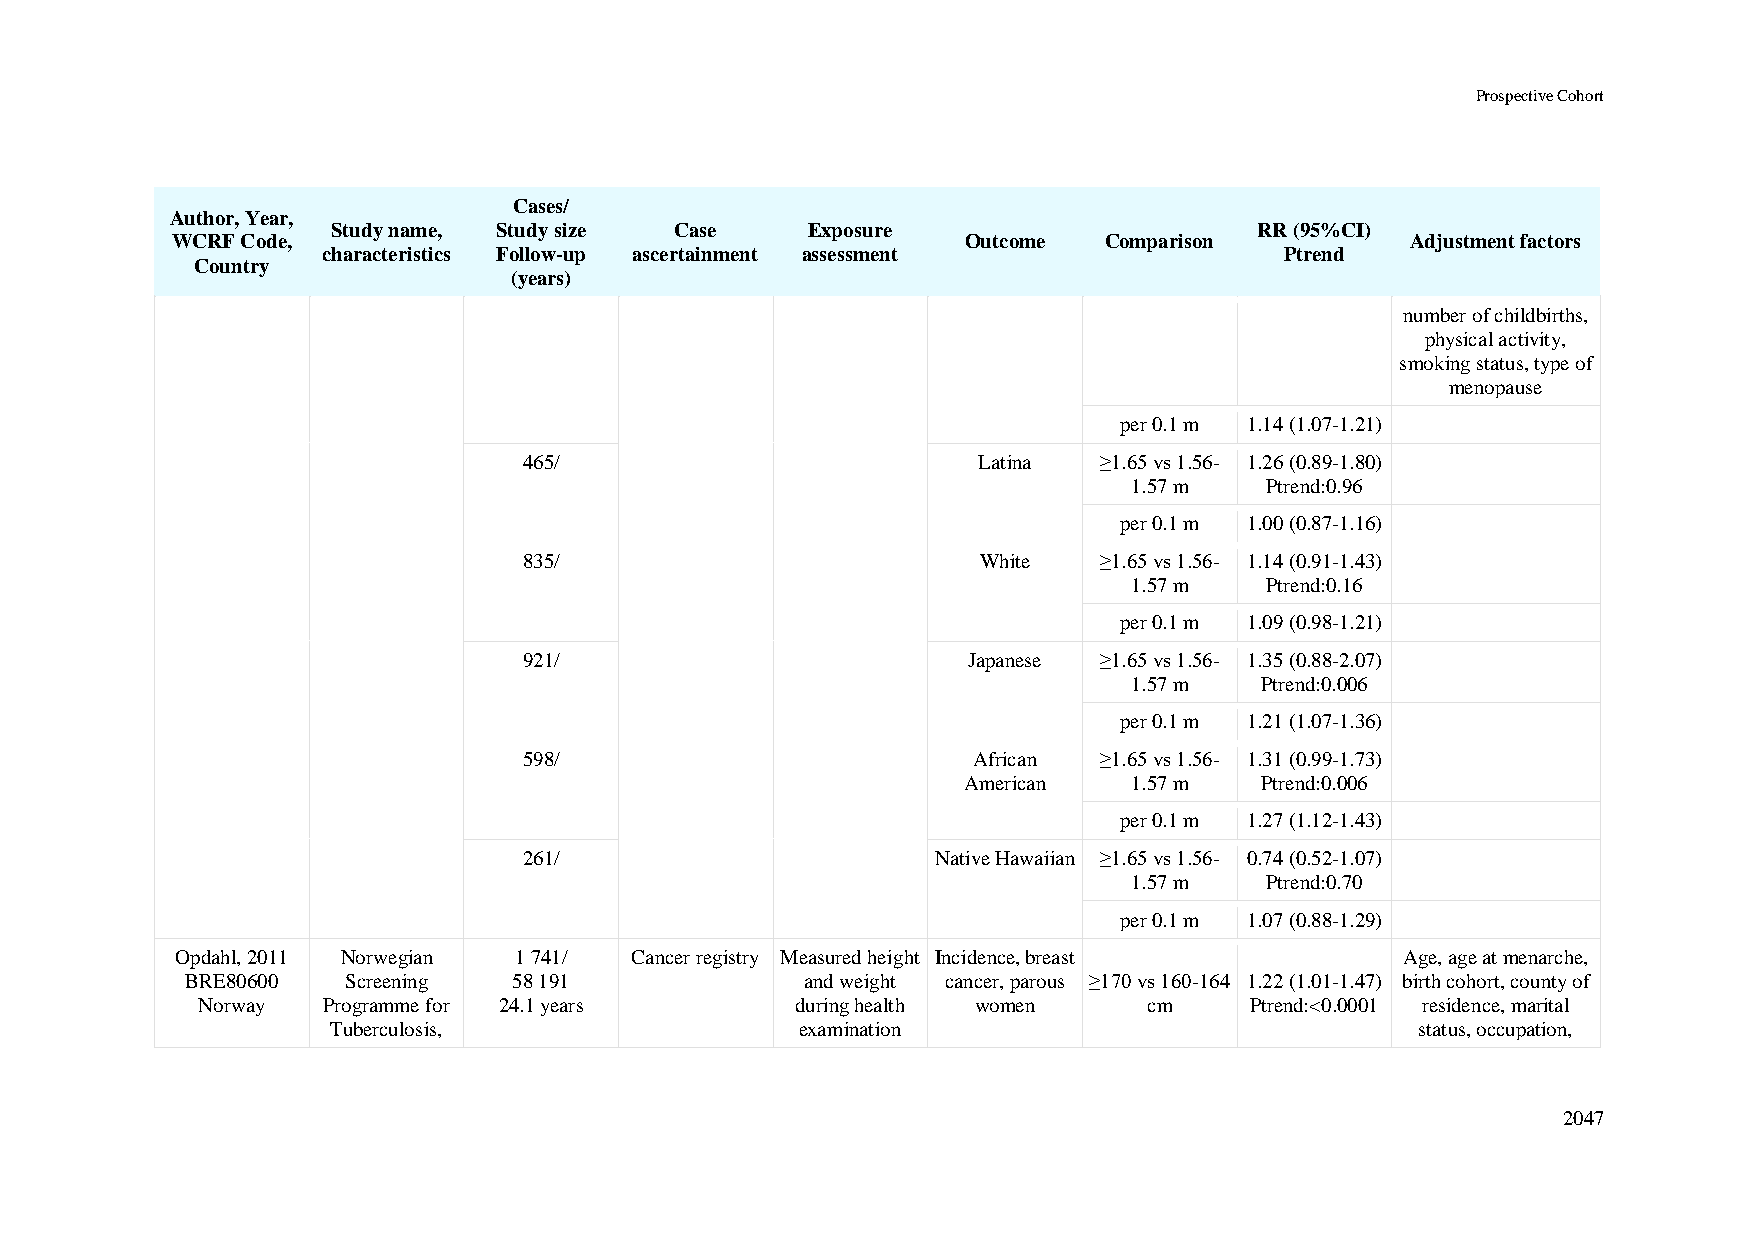
Prospective Cohort
 Cases/
 Author, Year,
 Study name, Study size Case    Exposure                      RR (95%CI)
 WCRF Code,                                           Outcome  Comparison          Adjustment factors
 characteristics Follow-up ascertainment assessment              Ptrend
 Country
 (years)
 number of childbirths,
 physical activity,
 smoking status, type of
 menopause
 per 0.1 m 1.14 (1.07-1.21)
 465/                          Latina  ≥1.65 vs 1.56- 1.26 (0.89-1.80)
 1.57 m   Ptrend:0.96
 per 0.1 m 1.00 (0.87-1.16)
 835/                          White   ≥1.65 vs 1.56- 1.14 (0.91-1.43)
 1.57 m   Ptrend:0.16
 per 0.1 m 1.09 (0.98-1.21)
 921/                         Japanese ≥1.65 vs 1.56- 1.35 (0.88-2.07)
 1.57 m  Ptrend:0.006
 per 0.1 m 1.21 (1.07-1.36)
 598/                         African  ≥1.65 vs 1.56- 1.31 (0.99-1.73)
 American   1.57 m  Ptrend:0.006
 per 0.1 m 1.27 (1.12-1.43)
 261/                       Native Hawaiian ≥1.65 vs 1.56- 0.74 (0.52-1.07)
 1.57 m   Ptrend:0.70
 per 0.1 m 1.07 (0.88-1.29)
 Opdahl, 2011 Norwegian 1 741/ Cancer registry Measured height Incidence, breast  Age, age at menarche,
 BRE80600   Screening  58 191             and weight cancer, parous ≥170 vs 160-164 1.22 (1.01-1.47) birth cohort, county of
 Norway  Programme for 24.1 years        during health women    cm     Ptrend:<0.0001 residence, marital
 Tuberculosis,                  examination                              status, occupation,
 2047